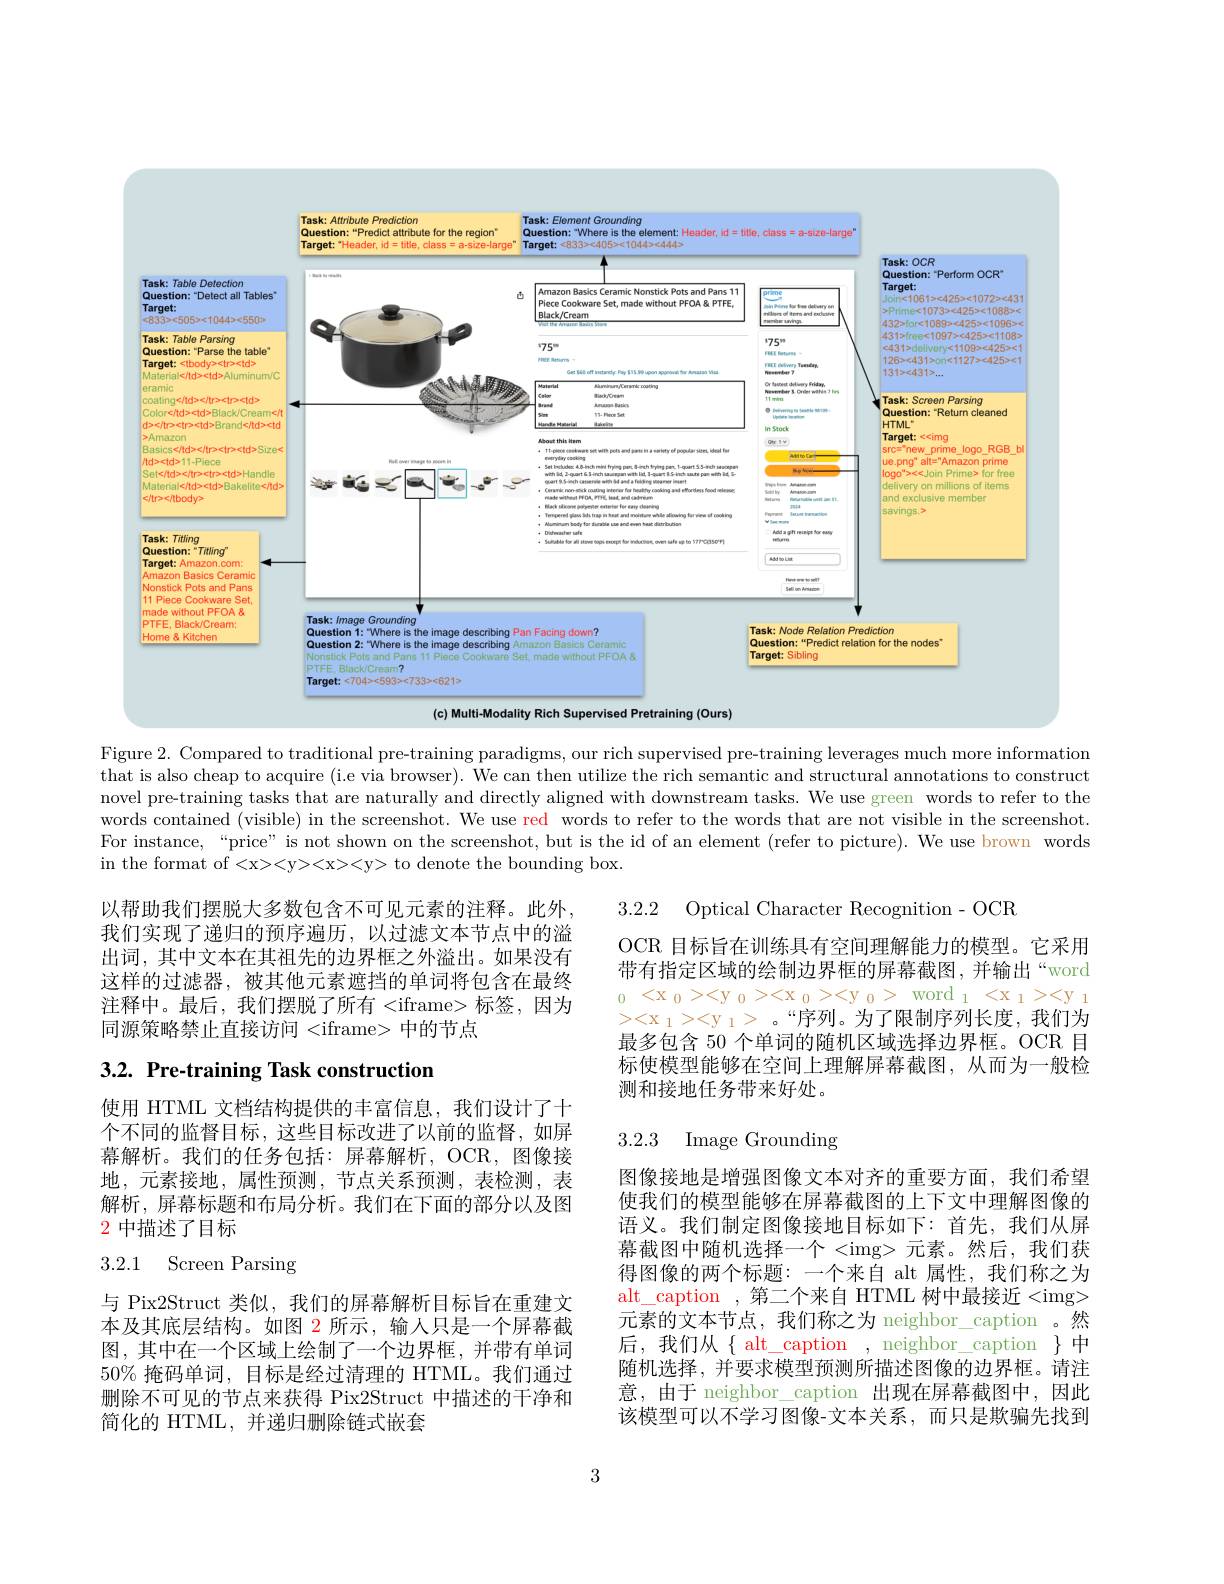
<FigureHere>

Figure 2. Compared to traditional pre-training paradigms, our rich supervised pre-training leverages much more information that is also cheap to acquire (i.e via browser). We can then utilize the rich semantic and structural annotations to construct novel pre-training tasks that are naturally and directly aligned with downstream tasks. We use green words to refer to the words contained (visible) in the screenshot. We use red words to refer to the words that are not visible in the screenshot For instance,“price” is not shown on the screenshot, but is the id of an element (refer to picture). We use brown words in the format of <x><y><x><y> to denote the bounding box.

3.2.2 Optical Character Recognition- OCR

以帮助我们摆脱大多数包含不可见元素的注释。此外我们实现了递归的预序遍历，以过滤文本节点中的溢出词，其中文本在其祖先的边界框之外溢出。如果没有这样的过滤器，被其他元素遮挡的单词将包含在最终注释中。最后，我们摆脱了所有<iframe>标签，因为同源策略禁止直接访问 <iframe> 中的节点

OCR 目标旨在训练具有空间理解能力的模型。它采用带有指定区域的绘制边界框的屏幕截图，并输出“word
< x$ _0$> < y$ _0$> < x$ _0$> < y$ _0$> word$ _1$< x$ _1$> < y$ _1$ $><x_{1}><y_{1}>$。“序列。为了限制序列长度，我们为最多包含 50 个单词的随机区域选择边界框。OCR 目标使模型能够在空间上理解屏幕截图，从而为一般检测和接地任务带来好处。

# 3.2. Pre-training Task construction

3.2.3 Image Grounding

使用 HTML 文档结构提供的丰富信息，我们设计了十个不同的监督目标，这些目标改进了以前的监督，如屏幕解析。我们的任务包括：屏幕解析，OCR,图像接地，元素接地，属性预测，节点关系预测，表检测，表解析，屏幕标题和布局分析。我们在下面的部分以及图2 中描述了目标

# 3.2.1 Screen Parsing

图像接地是增强图像文本对齐的重要方面，我们希望使我们的模型能够在屏幕截图的上下文中理解图像的语义。我们制定图像接地目标如下：首先，我们从屏幕截图中随机选择一个  元素。然后，我们获得图像的两个标题：一个来自 alt 属性，我们称之为alt\_caption ,第二个来自 HTML 树中最接近 元素的文本节点，我们称之为 neighbor\_caption 。然后，我们从{alt$\_caption , neighbor\_caption { 中}$ 随机选择，并要求模型预测所描述图像的边界框。请注意，由于 neighbor\_caption 出现在屏幕截图中，因此该模型可以不学习图像-文本关系，而只是欺骗先找到

与 Pix2Struct 类似，我们的屏幕解析目标旨在重建文本及其底层结构。如图 2 所示，输人只是一个屏幕截图，其中在一个区域上绘制了一个边界框，并带有单词$50\%$掩码单词，目标是经过清理的 HTML。我们通过删除不可见的节点来获得 Pix2Struct 中描述的干净和简化的 HTML, 并递归删除链式嵌套

3